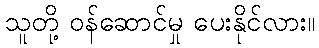
သူတို့ ဝန်ဆောင်မှု ပေးနိုင်လား။